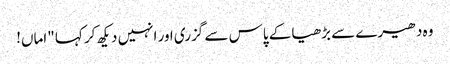
وہ دھیرے سے بڑھیا کے پاس سے گزری اور انہیں دیکھ کر کہا "اماں!